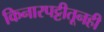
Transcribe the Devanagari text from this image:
किनारपट्टीतूनही